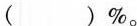
( )%。